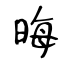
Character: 晦